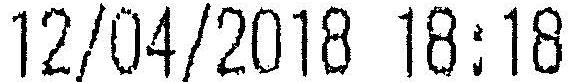
12/04/2018 18:18